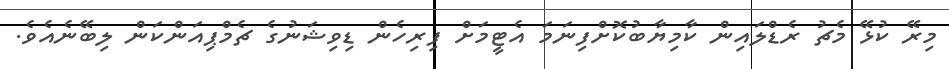
މިރޭ ކުޅޭ މެޗު ރެޑްލައިން ކާމިޔާބުކޮށްފިނަމަ އެޓީމަށް ފިރިހެން ޑިވިޝަނުގެ ޗެމްޕިއަންކަން ލިބޭނެއެވެ.